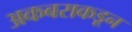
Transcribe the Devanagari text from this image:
अकबराकडून